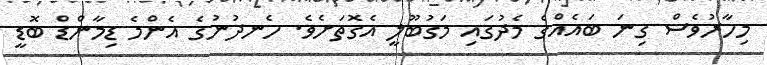
މިހާރުވެސް ގިނަ ބައެއްގެ މެދުގައި މަގުބޫލީ އެގޮތަށެވެ. ހެނދުނުގެ އެންމެ ޑިމާންޑް ބޮޑީ